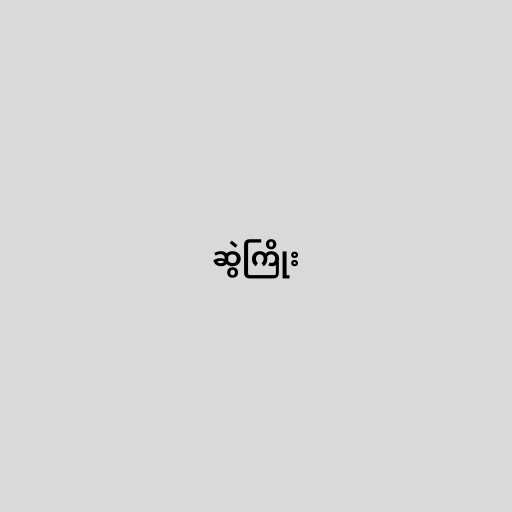
ဆွဲကြိုး